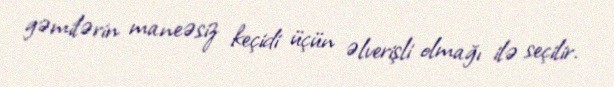
gəmilərin maneəsiz keçidi üçün əlverişli olmağı ilə seçilir.